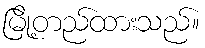
မြို့တည်ထားသည်။